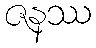
ဇနဿ